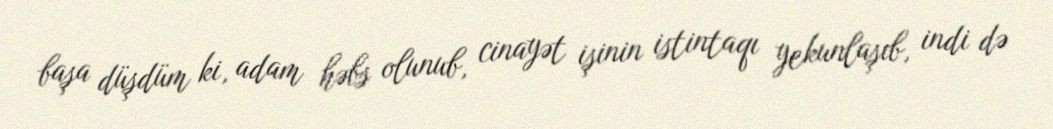
başa düşdüm ki, adam həbs olunub, cinayət işinin istintaqı yekunlaşıb, indi də